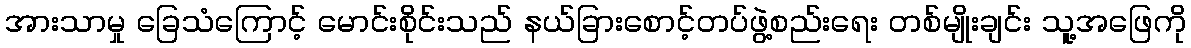
အားသာမှု ခြေသံကြောင့် မောင်းစိုင်းသည် နယ်ခြားစောင့်တပ်ဖွဲ့စည်းရေး တစ်မျိုးချင်း သူ့အဖြေကို